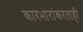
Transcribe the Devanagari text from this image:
कारभारांकरताही